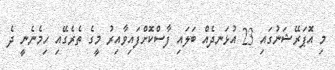
މި އޮޕަރޭޝަނުގައި 23 އުޅަނދެއް ބަލައި ފާސްކޮށްފައިވާއިރު މީގެ ތެރެގޭއި ހިމެނެނީ ދެ